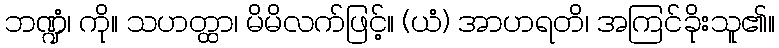
ဘဏ္ဍံ၊ ကို။ သဟတ္ထာ၊ မိမိလက်ဖြင့်။ (ယံ) အာဟရတိ၊ အကြင်ခိုးသူ၏။